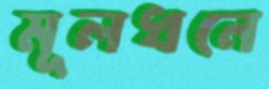
মূলধনে